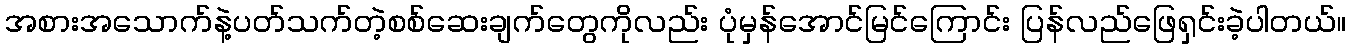
အစားအသောက်နဲ့ပတ်သက်တဲ့စစ်ဆေးချက်တွေကိုလည်း ပုံမှန်အောင်မြင်ကြောင်း ပြန်လည်ဖြေရှင်းခဲ့ပါတယ်။